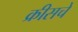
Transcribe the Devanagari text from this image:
क्रीसचे